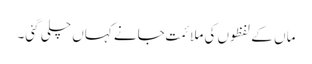
ماں کے لفظوں کی ملائمت جانے کہاں چلی گئی۔